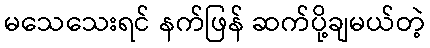
မသေသေးရင် နက်ဖြန် ဆက်ပို့ချမယ်တဲ့